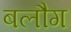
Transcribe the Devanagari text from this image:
बलौग